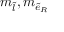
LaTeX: m _ { \tilde { l } } , m _ { { \tilde { e } } _ { R } }